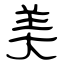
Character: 美